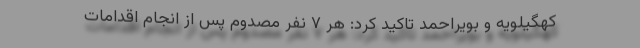
کهگیلویه و بویراحمد تاکید کرد: هر ۷ نفر مصدوم پس از انجام اقدامات